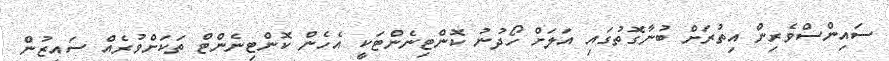
ސައިންސްވެރިން އިތުރަށް ބުނާގޮތުގައި އަލަށް ހޯދުނު ކޮންޓިނެންޓަކީ އެހެން ކޮންޓިނެންޓް ތަކަށްވުރެއް ސައިޒުން